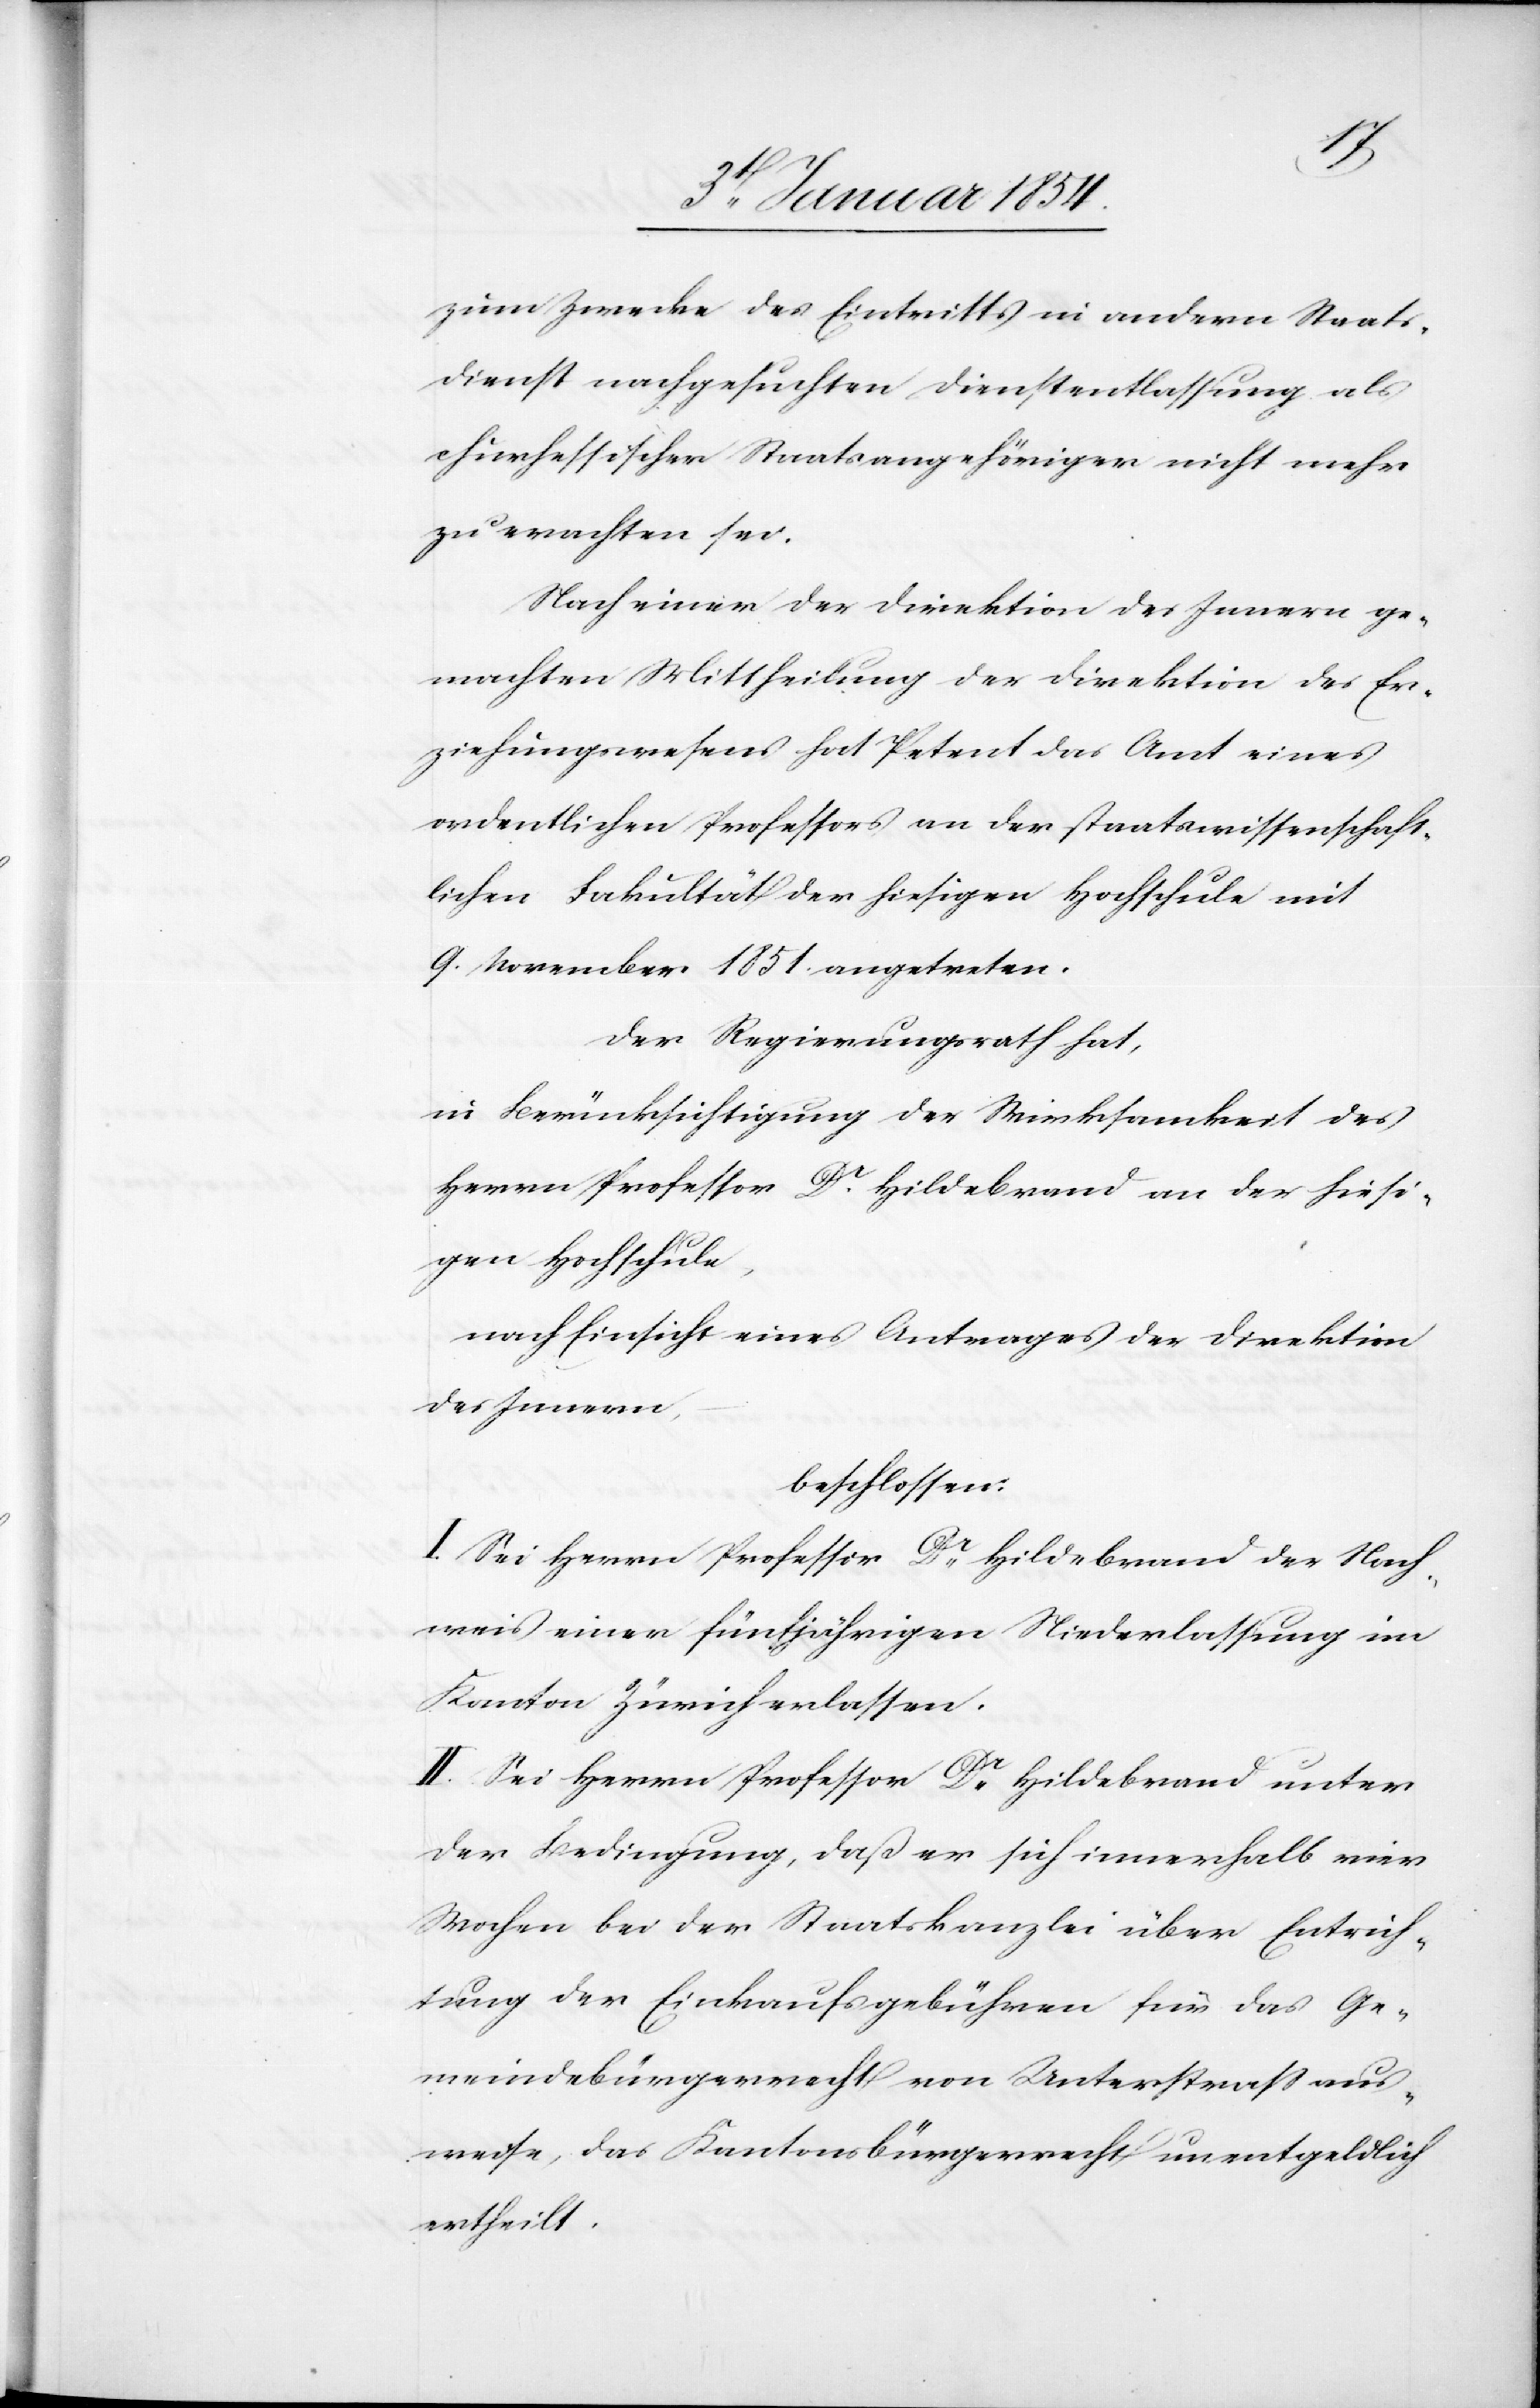
zum Zwecke des Eintritts in andern Staats¬
dienst nachgesuchten Dienstentlassung als
churhessischer Staatsangehöriger nicht mehr
zu erachten sei.
Nach einer der Direktion des Innern ge¬
machten Mittheilung der Direktion des Er¬
ziehungswesens hat Petent das Amt eines
ordentlichen Professors an der staatswissenschaft¬
lichen Fakultät der hiesigen Hochschule mit
9. November 1851. angetreten.
Der Regierungsrath hat,
in Berücksichtigung der Wirksamkeit des
Herrn Professor Dr. Hildebrand an der hiesi¬
gen Hochschule,
nach Einsicht eines Antrages der Direktion
des Innern,
beschlossen:
I. Sei Herrn Professor Dr Hildebrand der Nach¬
weis einer fünfjährigen Niederlassung im
Kanton Zürich erlassen.
II. Sei Herrn Professor Dr Hildebrand unter
der Bedingung, daß er sich innerhalb vier
Wochen bei der Staatskanzlei über Entrich¬
tung der Einkaufsgebühren für das Ge¬
meindebürgerrecht von Unterstraß aus¬
weise, das Kantonsbürgerrecht unentgeldlich
ertheilt.